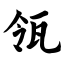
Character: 瓴